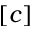
[ c ]